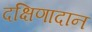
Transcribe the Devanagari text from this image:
दक्षिणादान